331_120752_Numeric_Files_1944–1945_37153_German_Armament_Equipment_Documents
Agency: Department of War
Incident date: 3/18/45
Incident location: Germany
Page 8
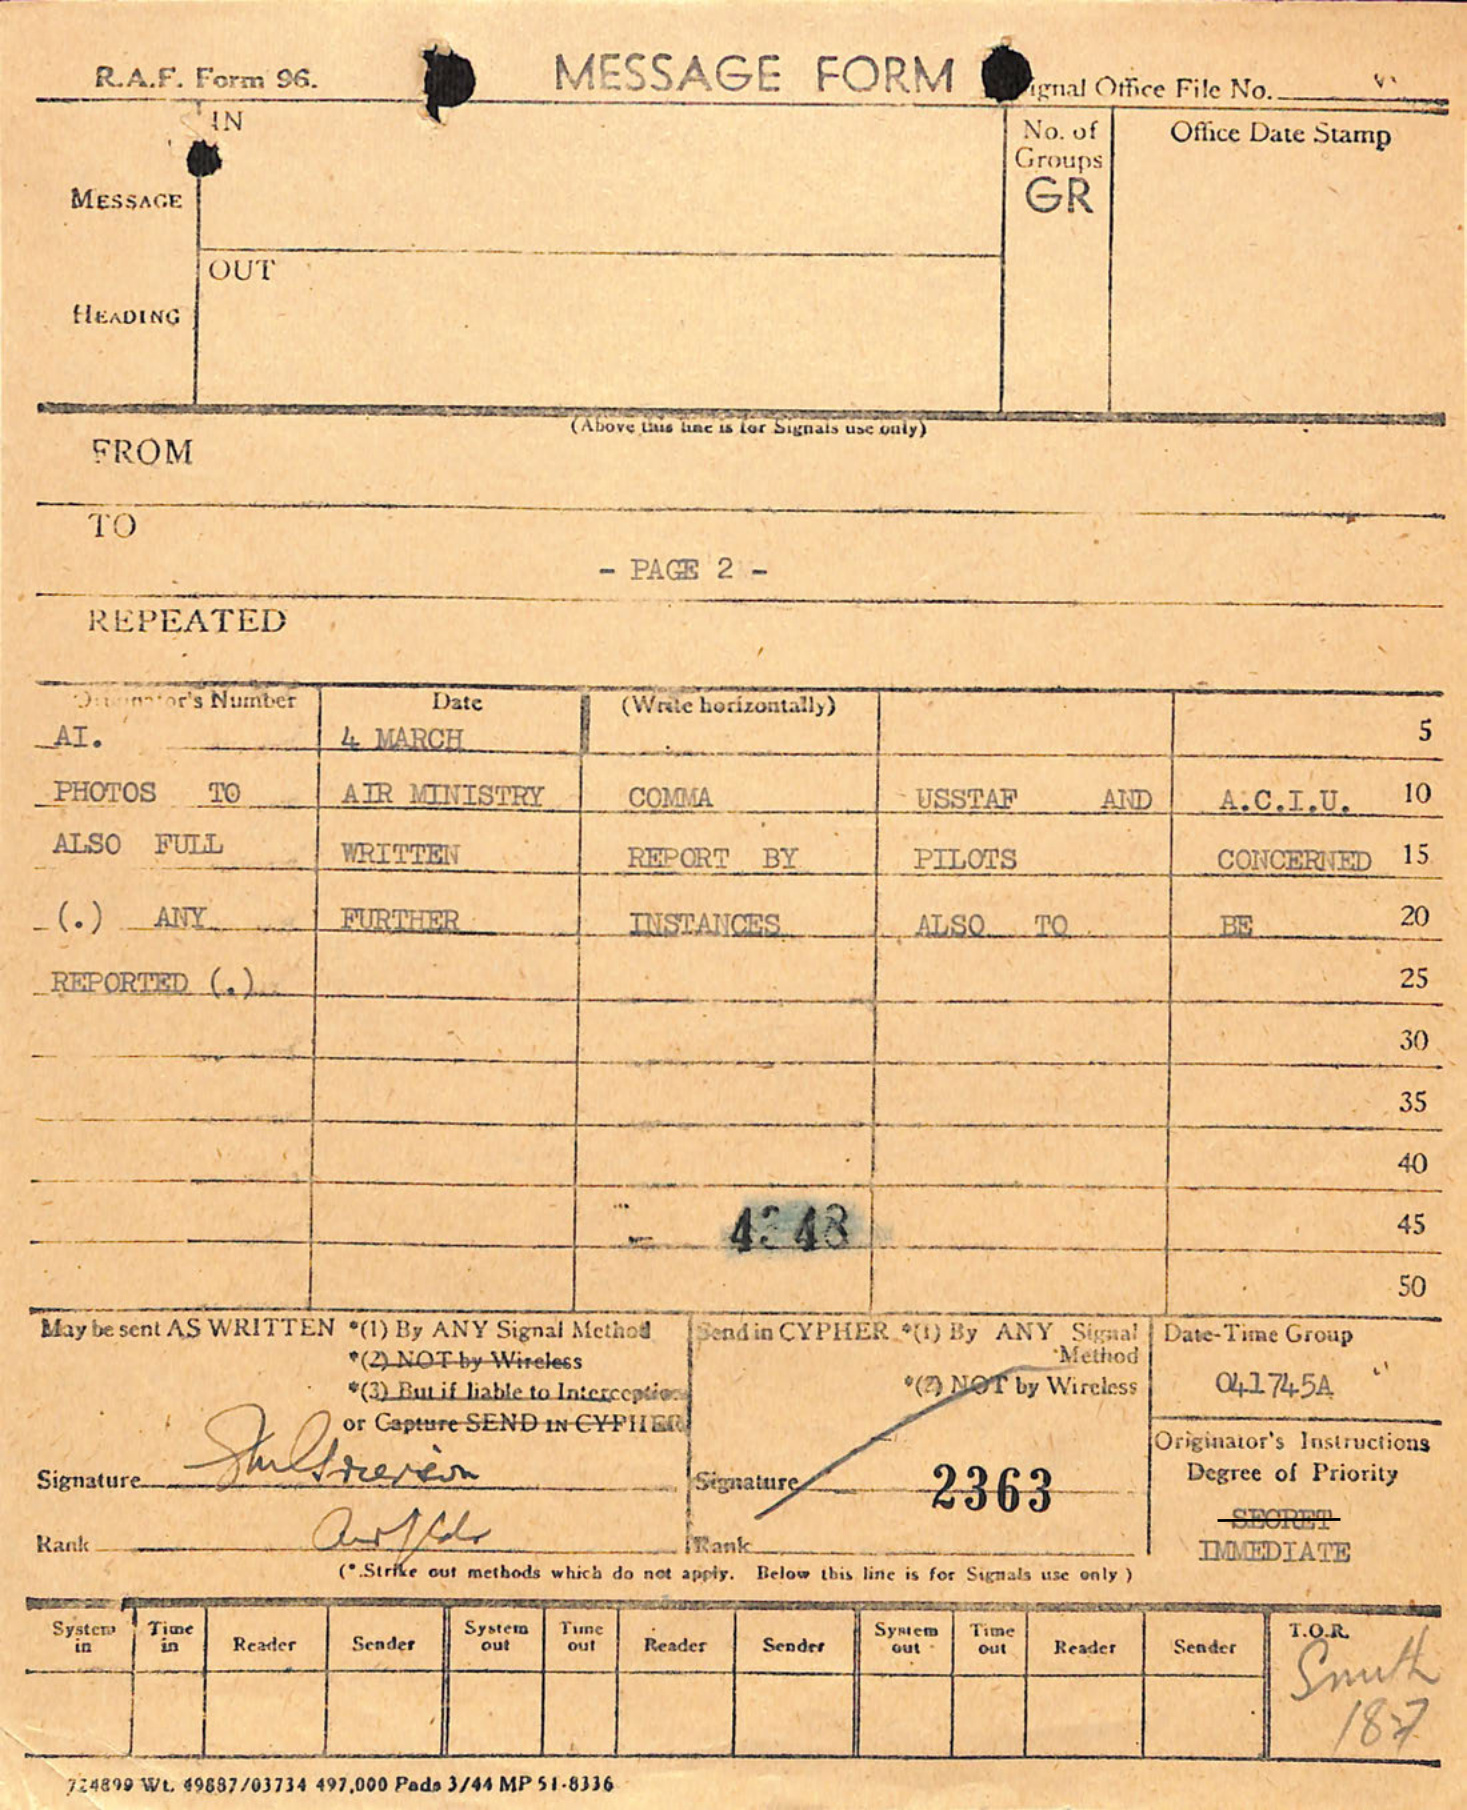